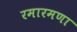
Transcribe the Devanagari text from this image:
रमारमणा